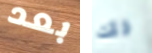
بعد ذلك